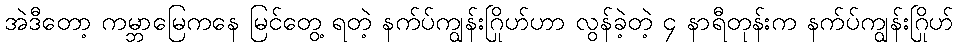
အဲဒီတော့ ကမ္ဘာမြေကနေ မြင်တွေ့ ရတဲ့ နက်ပ်ကျွန်းဂြိုဟ်ဟာ လွန်ခဲ့တဲ့ ၄ နာရီတုန်းက နက်ပ်ကျွန်းဂြိုဟ်